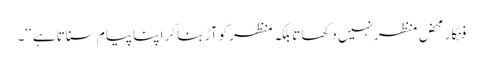
فنکار محض منظر نہیں دکھاتا بلکہ منظر کو آڑ بنا کر اپنا پیام سناتا ہے ‘‘۔